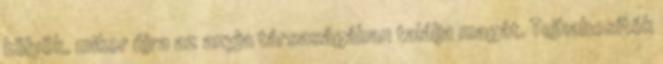
kölyök, mikor újra az anyja társaságában találja magát. Tejhabosítók